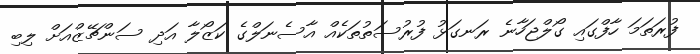
ފުރަތަމަ ހާފްގައި ގޯލްޖަހާނެ ރަނގަޅު ފުރުސަތުތަކެއް އާސެނަލްގެ ކަޒޯލާ އަދި ސަންޗޭޒްއަށް ލިބި